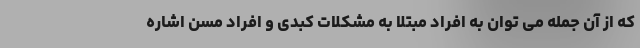
که از آن جمله می توان به افراد مبتلا به مشکلات کبدی و افراد مسن اشاره